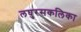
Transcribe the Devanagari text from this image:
लघुरसकलिका